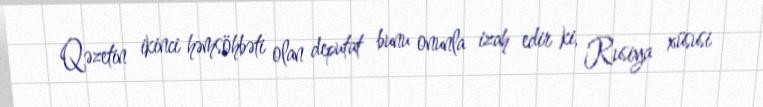
Qəzetin ikinci həmsöhbəti olan deputat bunu onunla izah edir ki, Rusiya xüsusi